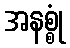
အနစ္စုံ